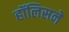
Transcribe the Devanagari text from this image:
हॉलिसने